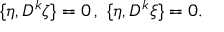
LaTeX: \{ \eta , D ^ { k } \zeta \} = 0 \, , \ \{ \eta , D ^ { k } \xi \} = 0 .